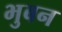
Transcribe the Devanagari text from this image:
भुबन